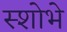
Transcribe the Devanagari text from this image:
स्शोभे